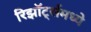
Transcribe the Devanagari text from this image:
रिझॉर्ट्‍समध्ये